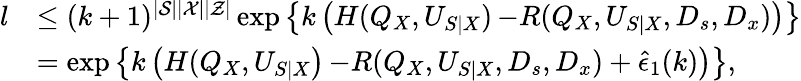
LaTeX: \begin{array}{rl}{l}&{\leq(k+1)^{|\mathcal{S}||\mathcal{X}||\mathcal{Z}|}\exp\left\{ k\left(H(Q_{X},U_{S|X})\right.\right.\left.\left.-R(Q_{X},U_{S|X},D_{s},D_{x})\right)\right\} }\\ &{=\exp\left\{ k\left(H(Q_{X},U_{S|X}\right)\right.\left.\left.-R(Q_{X},U_{S|X},D_{s},D_{x})+\hat{\epsilon}_{1}(k)\right)\right\} ,}\end{array}